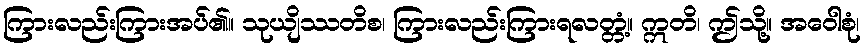
ကြားလည်းကြားအပ်၏။ သုယျိဿတိစ၊ ကြားလည်းကြားရလတ္တံ့။ ဣတိ၊ ဤသို့။ အဝေါစုံ၊